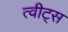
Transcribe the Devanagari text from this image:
त्वीट्स